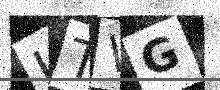
Text: UTVG